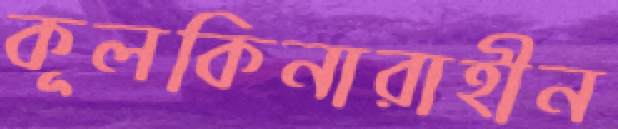
কূলকিনারাহীন